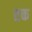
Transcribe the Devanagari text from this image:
तक्त